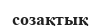
созақтық